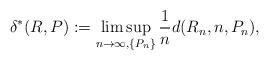
LaTeX: \begin{align*}\delta^*(R,P):=\limsup_{n\to\infty, \{P_n\}} \frac{1}{n} d(R_n,n, P_n),\end{align*}